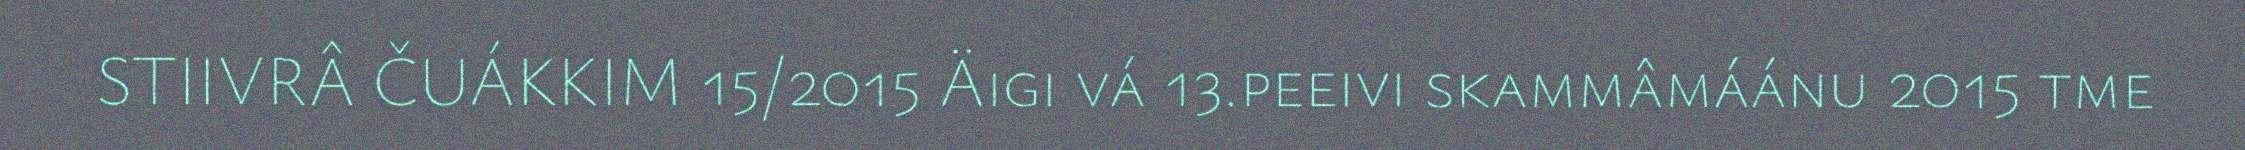
STIIVRÂ ČUÁKKIM 15/2015 Äigi vá 13.peeivi skammâmáánu 2015 tme